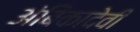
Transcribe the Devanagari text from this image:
अंबिकादेवी